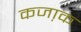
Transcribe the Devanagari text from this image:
कजा़क